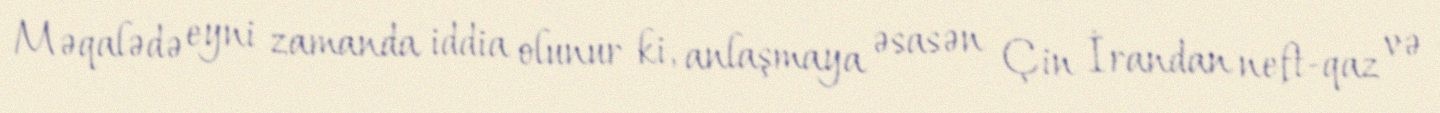
Məqalədə eyni zamanda iddia olunur ki, anlaşmaya əsasən Çin İrandan neft-qaz və